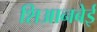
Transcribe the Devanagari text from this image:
शिआनबेई